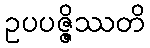
ဥပပဇ္ဇိဿတိ